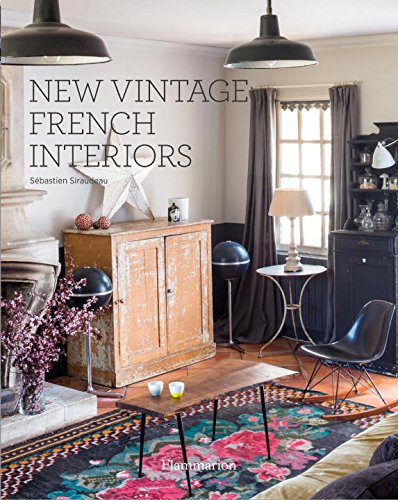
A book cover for New Vintage French Interiors (Homes); Sebastien Siraudeau; Arts & Photography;